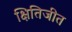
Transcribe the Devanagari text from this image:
क्षितिजीत